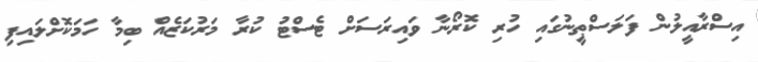
އިސްރާއީލުން ފަލަސްޠީނުގައި ހުރި ކޮރޯނާ ވައިރަސަށް ޓެސްޓު ކުރާ މަރުކަޒެއް ބިމާ ހަމަކޮށްލައިފި